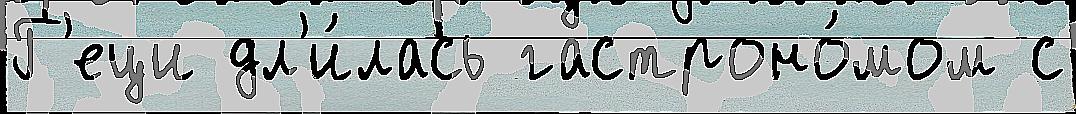
Г'еци дл'и́лась гастроно́мом с